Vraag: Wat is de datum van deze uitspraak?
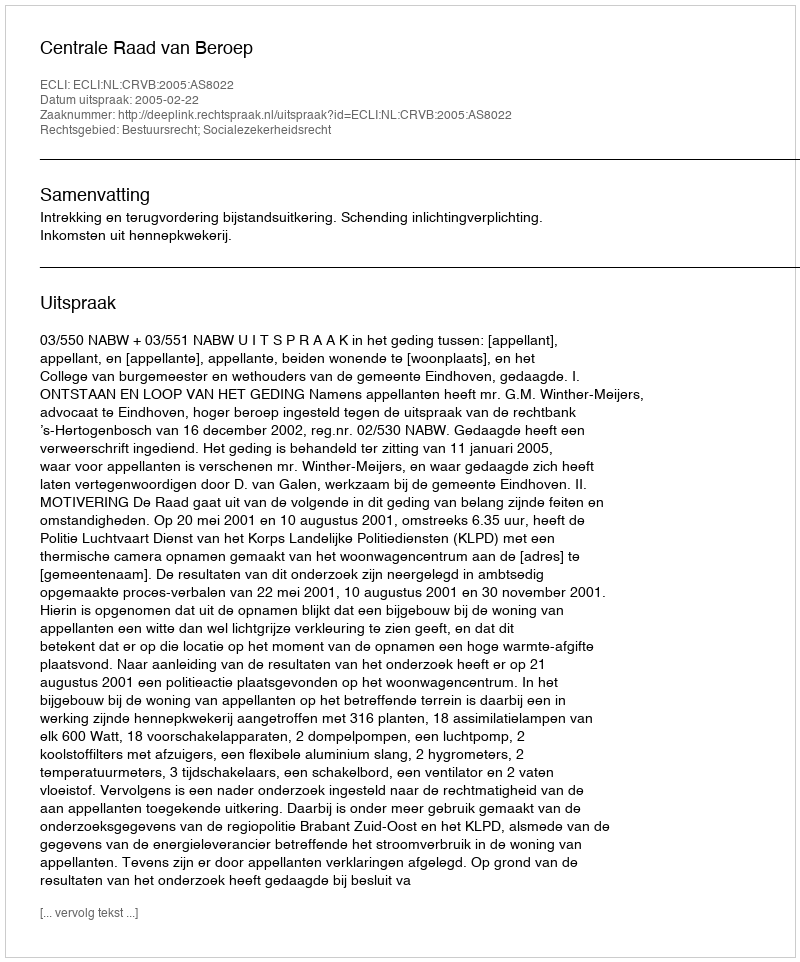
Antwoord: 2005-02-22